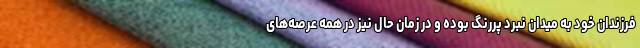
فرزندان خود به میدان نبرد پررنگ بوده و در زمان حال نیز در همه عرصه‌های